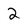
Character: 2